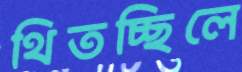
থিতচ্ছিলে